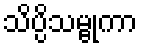
သိပ္ပိသမ္ဗုကာ